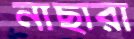
নাছারা